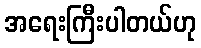
အရေးကြီးပါတယ်ဟု